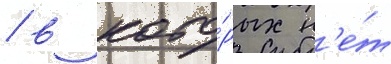
/ в кото́рых н'е́т